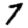
Digit: 7